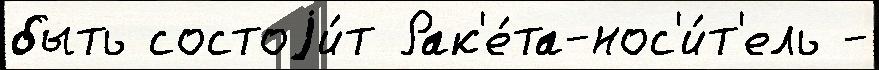
быть состоjи́т Рак'е́та-нос'и́т'ель -